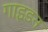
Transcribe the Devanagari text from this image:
गाइडन